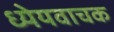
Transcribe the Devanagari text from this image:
ध्येयवाचक